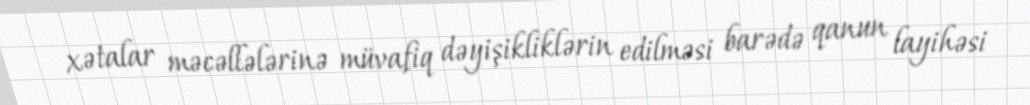
xətalar məcəllələrinə müvafiq dəyişikliklərin edilməsi barədə qanun layihəsi